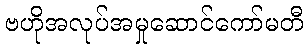
ဗဟိုအလုပ်အမှုဆောင်ကော်မတီ